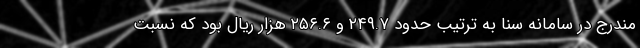
مندرج در سامانه سنا به ترتیب حدود ۲۴۹.۷ و ۲۵۶.۶ هزار ریال بود که نسبت